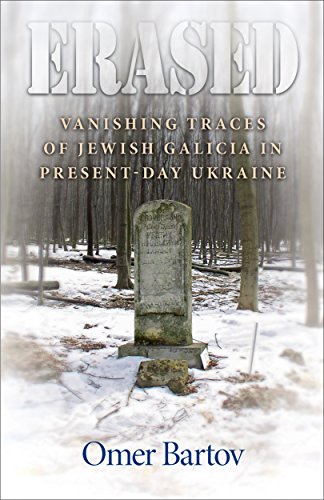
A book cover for Erased: Vanishing Traces of Jewish Galicia in Present-Day Ukraine; Omer Bartov; Travel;